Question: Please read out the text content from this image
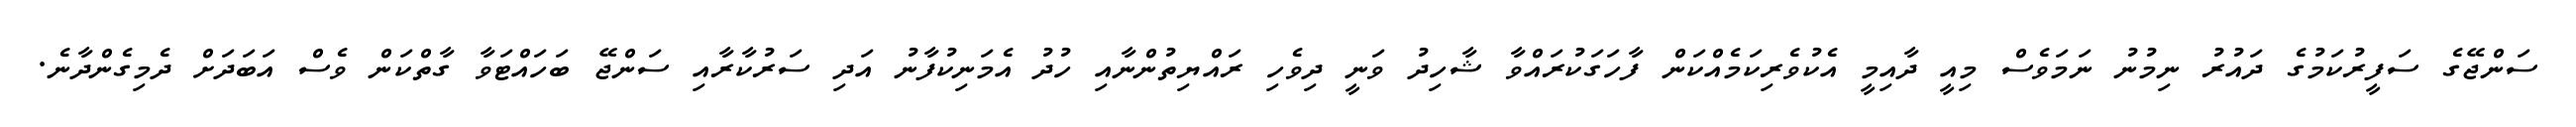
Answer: ސަންޖޭގެ ސަފީރުކަމުގެ ދައުރު ނިމުނު ނަމަވެސް މިއީ ދާއިމީ އެކުވެރިކަމެއްކަން ފާހަގަކުރައްވާ ޝާހިދު ވަނީ ދިވެހި ރައްޔިތުންނާއި ހުދު އެމަނިކުފާނު އަދި ސަރުކާރާއި ސަންޖޭ ބަހައްޓަވާ ގާތްކަން ވެސް އަބަދަށް ދެމިގެންދާނެ.